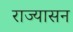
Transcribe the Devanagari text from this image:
राज्यासन